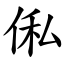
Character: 俬